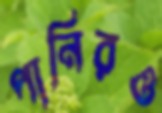
পানিরও